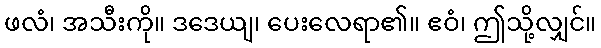
ဖလံ၊ အသီးကို။ ဒဒေယျ၊ ပေးလေရာ၏။ ဧဝံ၊ ဤသို့လျှင်။